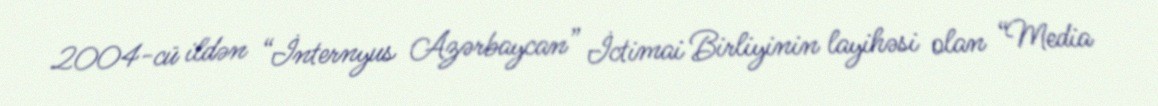
2004-cü ildən “İnternyus Azərbaycan” İctimai Birliyinin layihəsi olan “Media